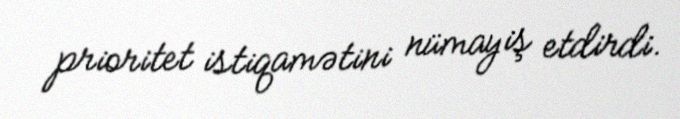
prioritet istiqamətini nümayiş etdirdi.